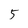
Character: 5